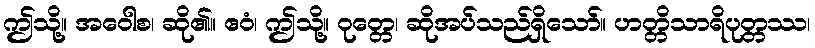
ဤသို့။ အဝေါစ၊ ဆို၏။ ဧဝံ၊ ဤသို့။ ဝုတ္တေ၊ ဆိုအပ်သည်ရှိသော်။ ဟတ္တိသာရိပုတ္တဿ၊